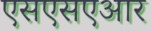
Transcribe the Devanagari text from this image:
एसएसएआर